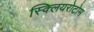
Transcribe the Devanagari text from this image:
स्क्लियरोटोम